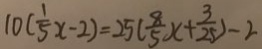
1 0 ( \frac { 1 } { 5 } x - 2 ) = 2 5 ( \frac { 8 } { 5 } x + \frac { 3 } { 2 5 } ) - 2